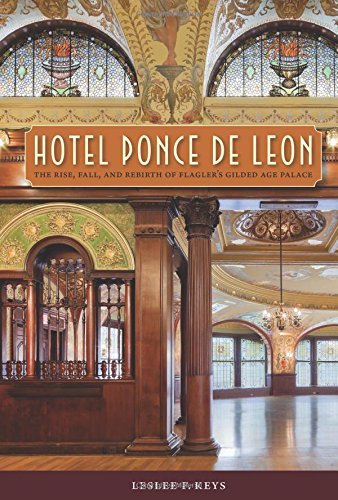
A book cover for Hotel Ponce de Leon: The Rise, Fall, and Rebirth of Flagler's Gilded Age Palace; Leslee F. Keys; Arts & Photography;